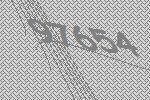
97654